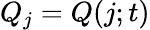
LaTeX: Q_{j}=Q(j;t)